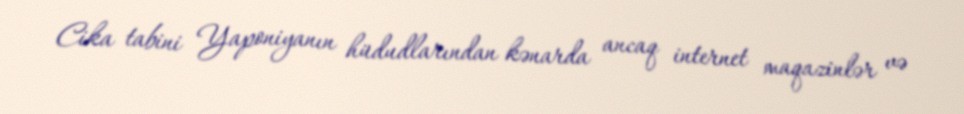
Cika tabini Yaponiyanın hüdudlarından kənarda ancaq internet maqazinlər və